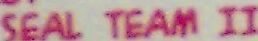
SEAL TEAM II